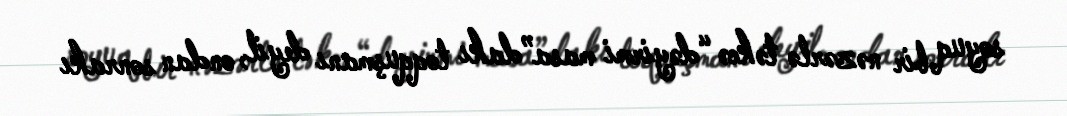
soyuq bir nəzərlə təkcə “dəyirmi masa”dakı toqquşmanı deyil, ondan sonrakı